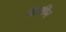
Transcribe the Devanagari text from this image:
थायीर